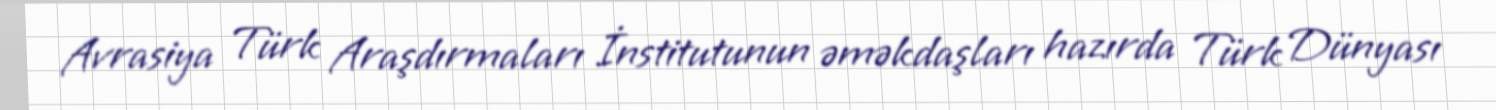
Avrasiya Türk Araşdırmaları İnstitutunun əməkdaşları hazırda Türk Dünyası